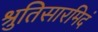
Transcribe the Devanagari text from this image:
श्रुतिसारमिदं